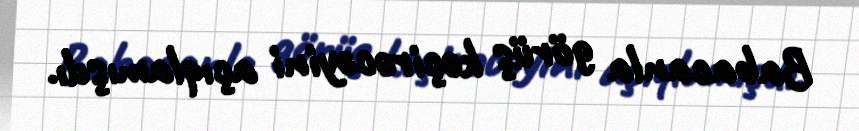
Babacanla görüş keçirəcəyini açıqlamışdı.